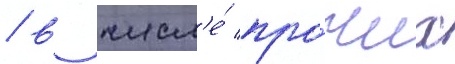
/ в числ'е́ про́чих